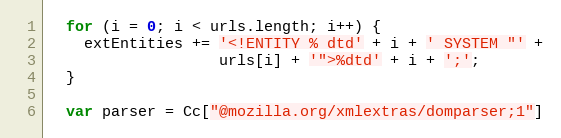
Language: JavaScript
  for (i = 0; i < urls.length; i++) {
    extEntities += '<!ENTITY % dtd' + i + ' SYSTEM "' +
                   urls[i] + '">%dtd' + i + ';';
  }

  var parser = Cc["@mozilla.org/xmlextras/domparser;1"]